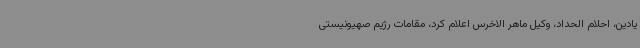
یادین، احلام الحداد، وکیل ماهر الاخرس اعلام کرد، مقامات رژیم صهیونیستی